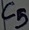
Text: C5